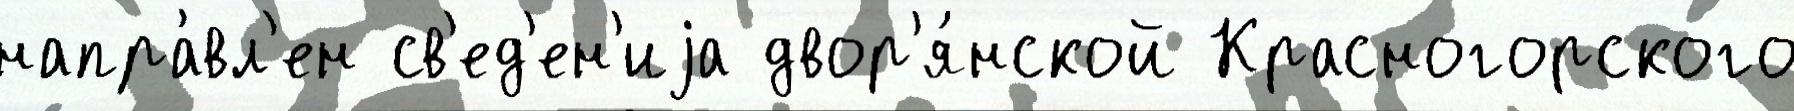
напра́вл'ен св'ед'ен'иjа двор'я́нской Красногорского